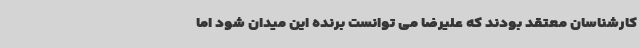
کارشناسان معتقد بودند که علیرضا می توانست برنده این میدان شود اما